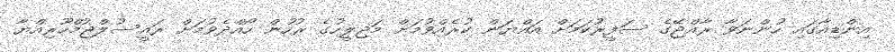
އިންޑިއާގައި ހުންނަވާ ރާއްޖޭގެ ސަފީރުކަމަށް އައްޔަން ކުރެއްވުމަށް މަޖިލީހުގެ ރުހުން ހޯއްދެވުމަށް ރައީސުލްޖުމްހޫރިއްޔާ